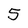
Character: 5